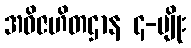
အဝိဇဟိတဌာန ၄-မျိုး